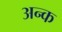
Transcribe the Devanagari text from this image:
अन्क